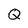
Character: Q